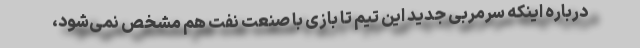
درباره اینکه سرمربی جدید این تیم تا بازی با صنعت نفت هم مشخص نمی‌شود،